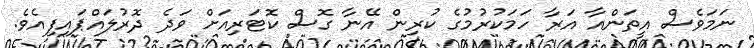
ނަމަވެސް އީތަންއާ އަރާ ހަމަކުރުމުގެ ކުރިން އޭނާ ގޮސް ކޮޓަރިއަށް ވަދެ ދޮރުލައްޕައިފިއެވެ.